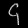
Digit: ၄